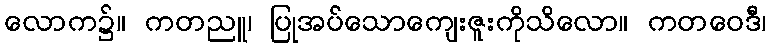
လောက၌။ ကတညူ၊ ပြုအပ်သောကျေးဇူးကိုသိလော။ ကတဝေဒီ၊